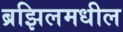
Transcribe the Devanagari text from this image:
ब्रझिलमधील